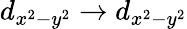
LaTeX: d_{x^{2}-y^{2}}\rightarrow d_{x^{2}-y^{2}}